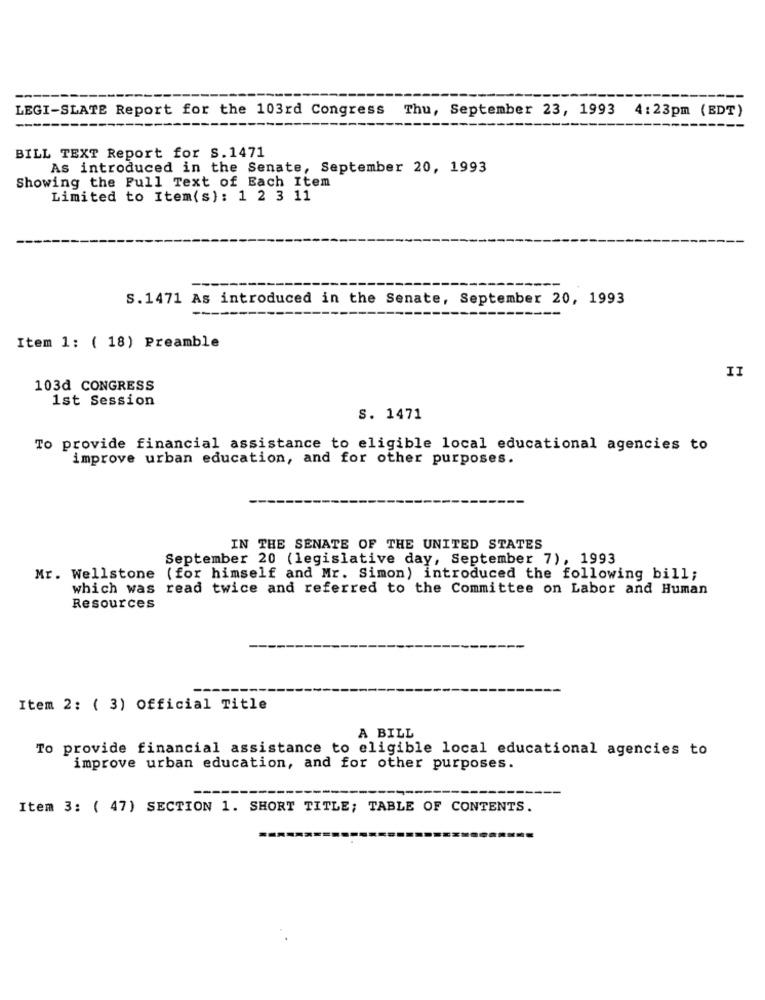
LEGI-SLATE Report for the 103rd Congress Thu, September 23, 1993 4:23pm (EDT)
BILL TEXT Report for S.1471
As introduced in the Senate, September 20, 1993
Showing the Full Text of Each Item
Limited to Item(s): 1 2 3 11
S.1471 As introduced in the Senate, September 20, 1993
Item 1: ( 18) Preamble
II
103d CONGRESS
1st Session
S. 1471
To provide financial assistance to eligible local educational agencies to
improve urban education, and for other purposes.
IN THE SENATE OF THE UNITED STATES
September 20 (legislative day, September 7), 1993
Mr. Wellstone (for himself and Mr. Simon) introduced the following bill;
which was read twice and referred to the Committee on Labor and Human
Resources
Item 2: ( 3) Official Title
A BILL
To provide financial assistance to eligible local educational agencies to
improve urban education, and for other purposes.
Item 3: ( 47) SECTION 1. SHORT TITLE; TABLE OF CONTENTS.